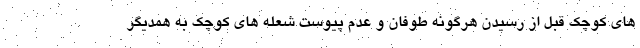
های کوچک قبل از رسیدن هرگونه طوفان و عدم پیوست شعله های کوچک به همدیگر